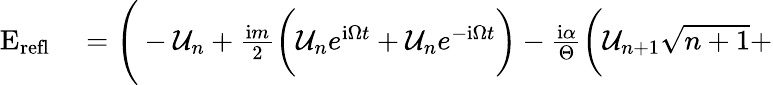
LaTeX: \begin{array}{rl}{\mathrm{E}_{\mathrm{refl}}}&{{}=\Bigg(-\mathcal{U}_{n}+\frac{\mathrm{i}m}{2}\bigg(\mathcal{U}_{n}e^{\mathrm{i}\Omega t}+\mathcal{U}_{n}e^{-\mathrm{i}\Omega t}\bigg)-\frac{\mathrm{i}\alpha}{\Theta}\bigg(\mathcal{U}_{n+1}\sqrt{n+1}+}\end{array}